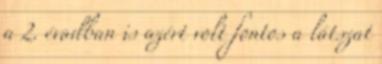
a 2. évadban is azért volt fontos a látszat